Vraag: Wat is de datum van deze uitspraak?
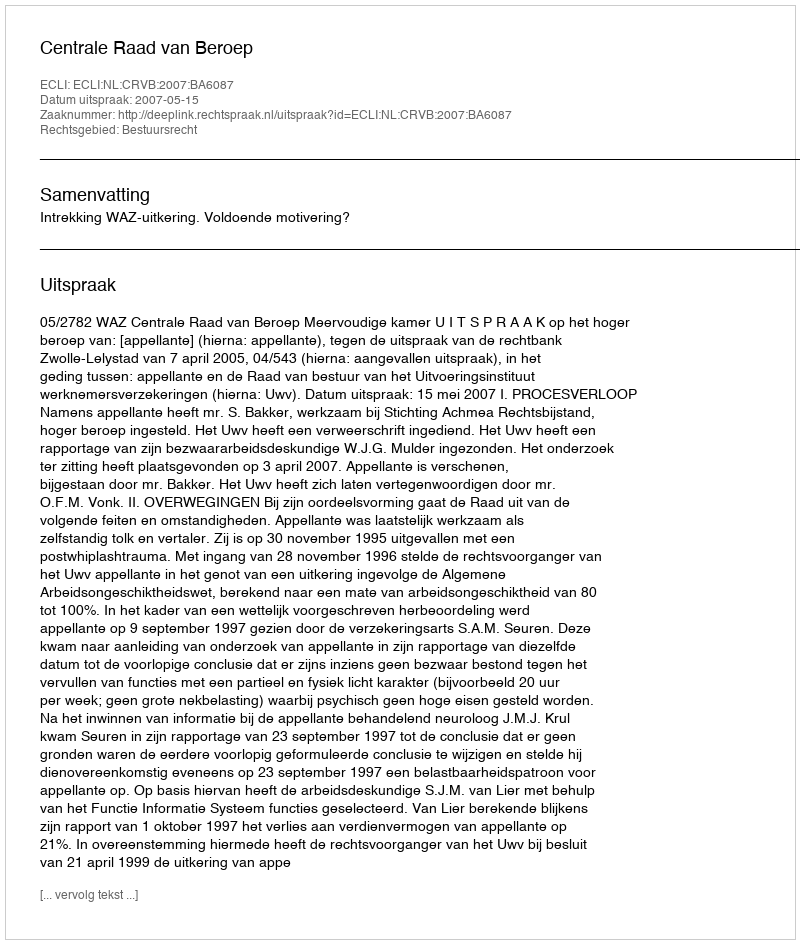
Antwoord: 2007-05-15